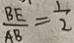
\frac { B E } { A B } = \frac { 1 } { 2 }